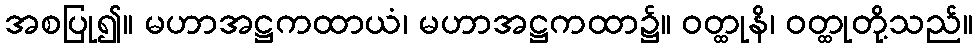
အစပြု၍။ မဟာအဋ္ဌကထာယံ၊ မဟာအဋ္ဌကထာ၌။ ဝတ္ထုနိ၊ ဝတ္ထုတို့သည်။